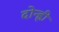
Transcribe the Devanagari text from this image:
दोन्ह्री